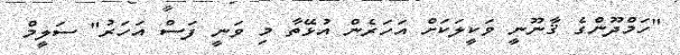
"ހަމްދޫންގެ ޤާނޫނީ ވަކީލަކަށް އަހަރެން އުޅޭތާ މި ވަނީ ފަސް އަހަރު" ސަލީމް